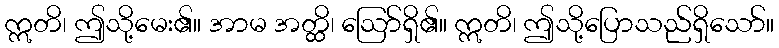
ဣတိ၊ ဤသို့မေး၏။ အာမ အတ္ထိ၊ ဩော်ရှိ၏။ ဣတိ၊ ဤသို့ပြောသည်ရှိသော်။